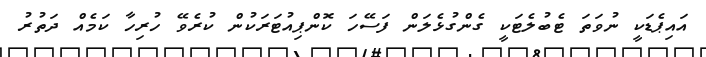
އައިޕެޑަކީ ނުވަތަ ޓެބުލެޓަކީ ގެންގުޅެލަން ފަސޭހަ ކޮންޕިއުޓަރަކުން ކުރެވޭ ހުރިހާ ކަމެއް ދަތުރު